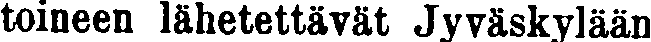
toineen lähetettävät Jyväskylään